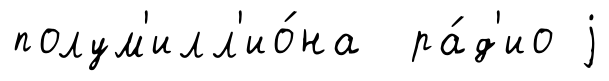
полум'илл'ио́на ра́д'ио j